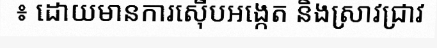
៖ ដោយមានការស៊ើបអង្កេត និងស្រាវជ្រាវ